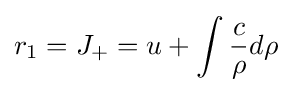
r_{1}=J_{+}=u+\int {\frac {c}{\rho }}d\rho